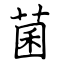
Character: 菌